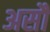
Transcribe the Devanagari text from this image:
असौ